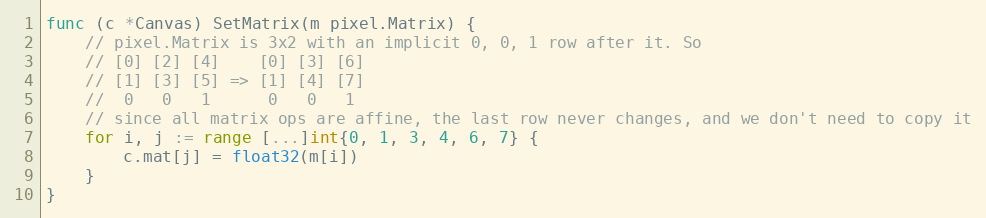
Language: Go
func (c *Canvas) SetMatrix(m pixel.Matrix) {
	// pixel.Matrix is 3x2 with an implicit 0, 0, 1 row after it. So
	// [0] [2] [4]    [0] [3] [6]
	// [1] [3] [5] => [1] [4] [7]
	//  0   0   1      0   0   1
	// since all matrix ops are affine, the last row never changes, and we don't need to copy it
	for i, j := range [...]int{0, 1, 3, 4, 6, 7} {
		c.mat[j] = float32(m[i])
	}
}